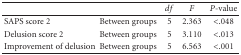
<table><thead><tr><td></td><td></td><td><b><i>df</i></b></td><td><b><i>F</i></b></td><td><b><i>P</i>-value</b></td></tr></thead><tbody><tr><td>SAPS score 2</td><td>Between groups</td><td>5</td><td>2.363</td><td>&lt;.048</td></tr><tr><td>Delusion score 2</td><td>Between groups</td><td>5</td><td>3.110</td><td>&lt;.013</td></tr><tr><td>Improvement of delusion</td><td>Between groups</td><td>5</td><td>6.563</td><td>&lt;.001</td></tr></tbody></table>